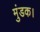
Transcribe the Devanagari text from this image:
मुंडक।